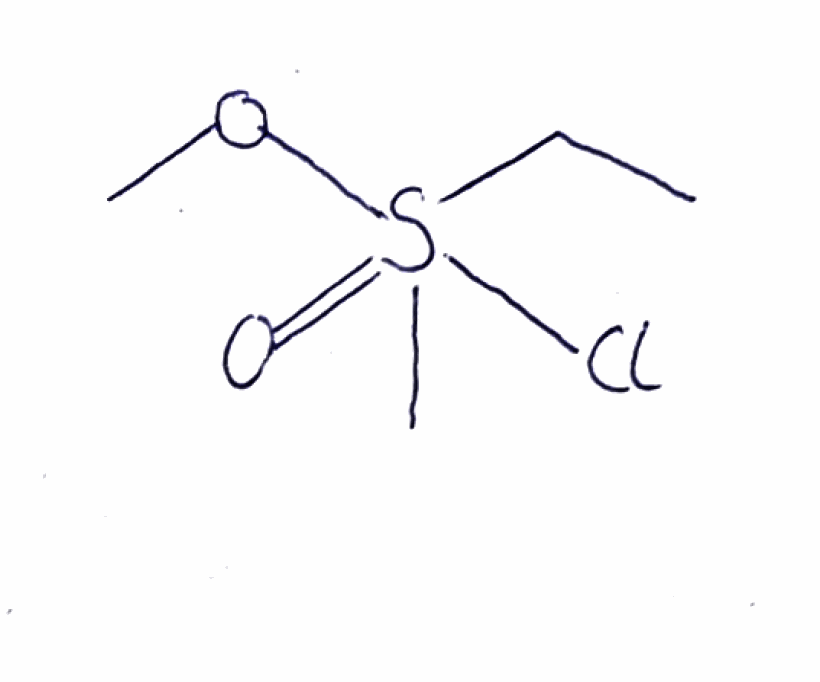
Simplified molecular-input line-entry system (SMILES) notation of the given molecule:
CCS(=O)(C)(OC)Cl